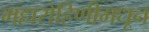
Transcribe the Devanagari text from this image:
महारोहिणीमधून